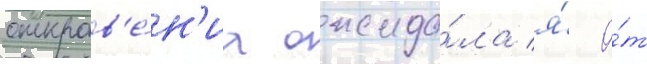
откров'е́н'иа ожида́ла я́ о́т